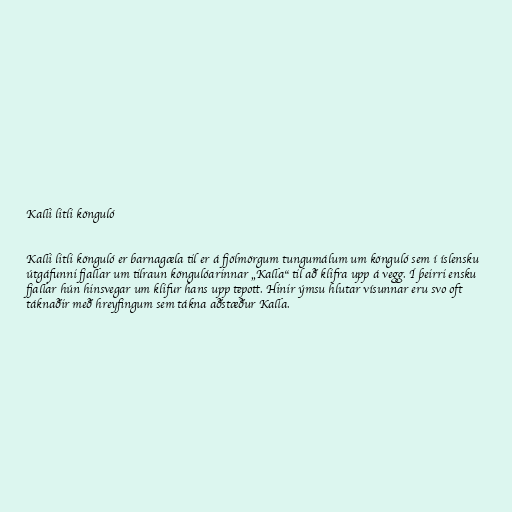
Kalli litli könguló

Kalli litli könguló er barnagæla til er á fjölmörgum tungumálum um könguló sem í íslensku
útgáfunni fjallar um tilraun köngulóarinnar „Kalla“ til að klifra upp á vegg. Í þeirri ensku
fjallar hún hinsvegar um klifur hans upp tepott. Hinir ýmsu hlutar vísunnar eru svo oft
táknaðir með hreyfingum sem tákna aðstæður Kalla.